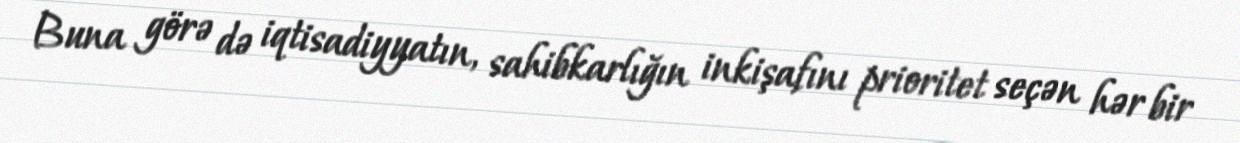
Buna görə də iqtisadiyyatın, sahibkarlığın inkişafını prioritet seçən hər bir